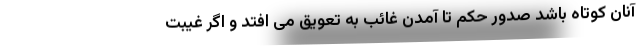
آنان کوتاه باشد صدور حکم تا آمدن غائب به تعویق می افتد و اگر غیبت